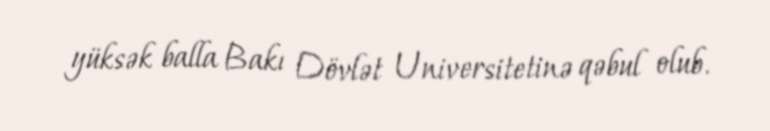
yüksək balla Bakı Dövlət Universitetinə qəbul olub.